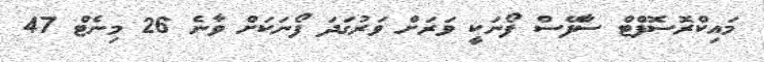
މައިކްރޮސޮފްޓް ސާފޭސް ފޯނަކީ ވަރަށް ވަރުގަދަ ފޯނަކަށް ވާނެ 26 މިނެޓް 47